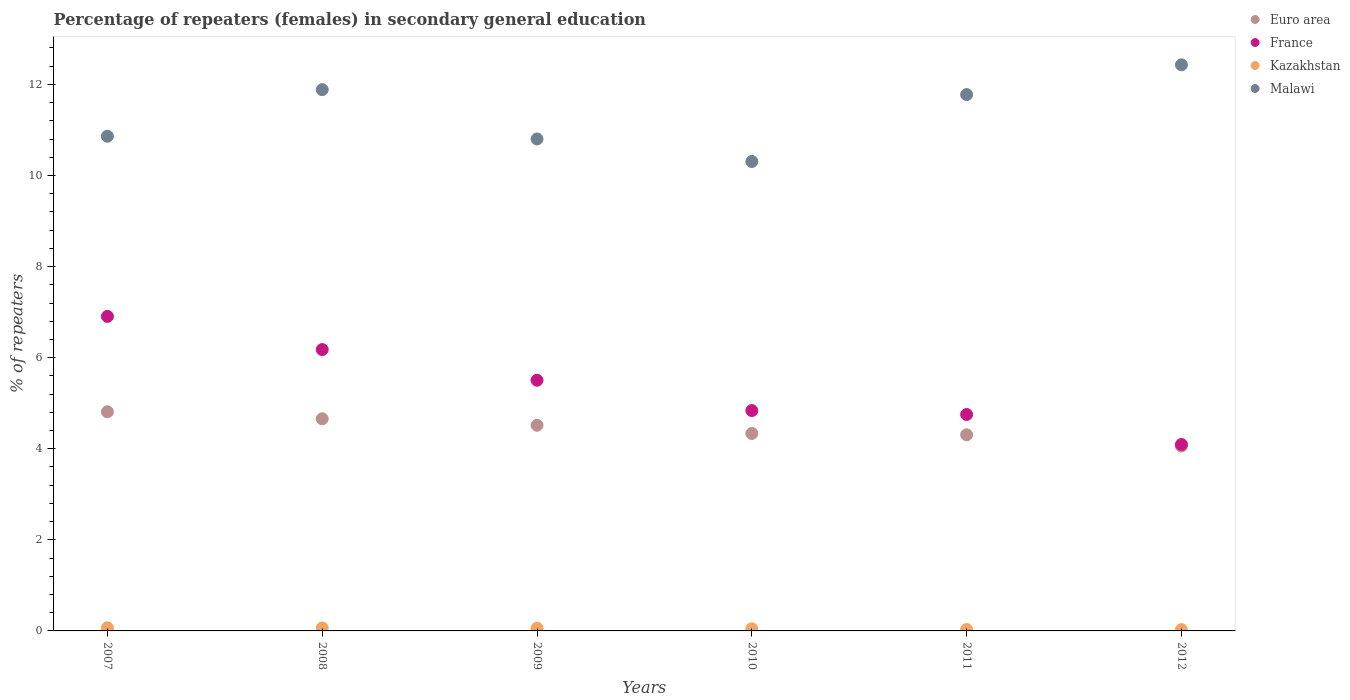
| Years | Euro area | France | Kazakhstan | Malawi |
 | --- | --- | --- | --- | --- |
 | 2007 | 4.81 | 6.91 | 0.0695 | 10.9 |
 | 2008 | 4.66 | 6.18 | 0.0654 | 11.9 |
 | 2009 | 4.52 | 5.5 | 0.0606 | 10.8 |
 | 2010 | 4.34 | 4.84 | 0.047 | 10.3 |
 | 2011 | 4.31 | 4.75 | 0.0308 | 11.8 |
 | 2012 | 4.06 | 4.09 | 0.0289 | 12.4 |